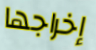
إخراجها